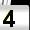
Digit: 4